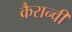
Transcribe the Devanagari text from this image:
कैरान्वी